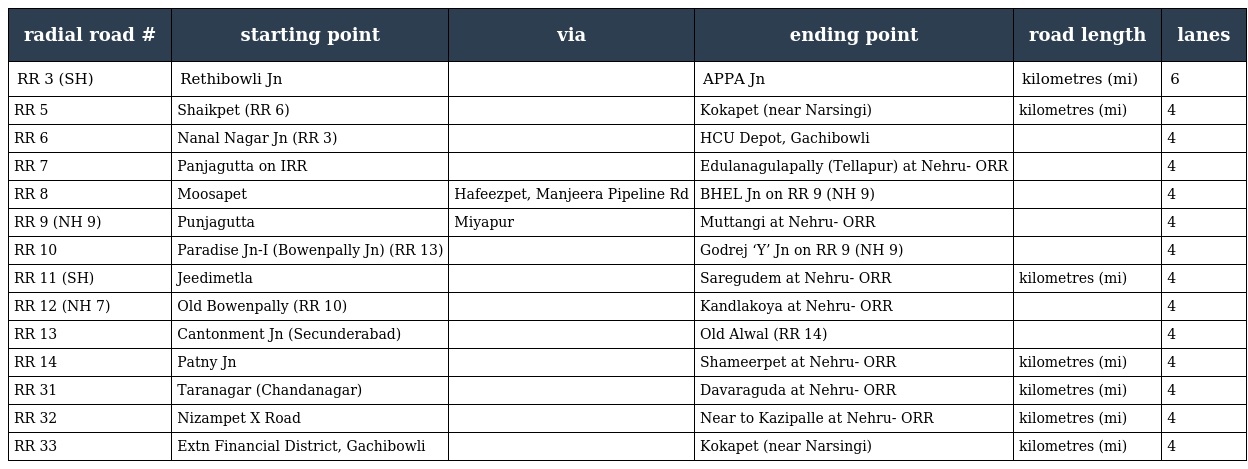
| radial road # | starting point | via | ending point | road length | lanes |
 | --- | --- | --- | --- | --- | --- |
 | RR 3 (SH) | Rethibowli Jn |  | APPA Jn | kilometres (mi) | 6 |
 | RR 5 | Shaikpet (RR 6) |  | Kokapet (near Narsingi) | kilometres (mi) | 4 |
 | RR 6 | Nanal Nagar Jn (RR 3) |  | HCU Depot, Gachibowli |  | 4 |
 | RR 7 | Panjagutta on IRR |  | Edulanagulapally (Tellapur) at Nehru- ORR |  | 4 |
 | RR 8 | Moosapet | Hafeezpet, Manjeera Pipeline Rd | BHEL Jn on RR 9 (NH 9) |  | 4 |
 | RR 9 (NH 9) | Punjagutta | Miyapur | Muttangi at Nehru- ORR |  | 4 |
 | RR 10 | Paradise Jn-I (Bowenpally Jn) (RR 13) |  | Godrej ‘Y’ Jn on RR 9 (NH 9) |  | 4 |
 | RR 11 (SH) | Jeedimetla |  | Saregudem at Nehru- ORR | kilometres (mi) | 4 |
 | RR 12 (NH 7) | Old Bowenpally (RR 10) |  | Kandlakoya at Nehru- ORR |  | 4 |
 | RR 13 | Cantonment Jn (Secunderabad) |  | Old Alwal (RR 14) |  | 4 |
 | RR 14 | Patny Jn |  | Shameerpet at Nehru- ORR | kilometres (mi) | 4 |
 | RR 31 | Taranagar (Chandanagar) |  | Davaraguda at Nehru- ORR | kilometres (mi) | 4 |
 | RR 32 | Nizampet X Road |  | Near to Kazipalle at Nehru- ORR | kilometres (mi) | 4 |
 | RR 33 | Extn Financial District, Gachibowli |  | Kokapet (near Narsingi) | kilometres (mi) | 4 |